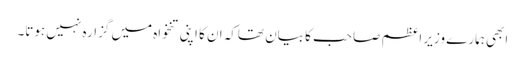
ابھی ہمارے وزیر اعظم صاحب کا بیان تھاکہ ان کا اپنی تنخواہ میں گزارہ نہیں ہوتا۔